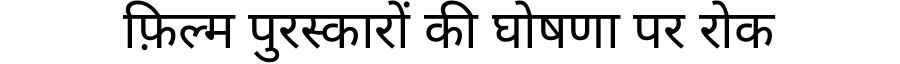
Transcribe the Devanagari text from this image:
फ़िल्म पुरस्कारों की घोषणा पर रोक